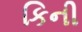
કિની